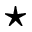
\star